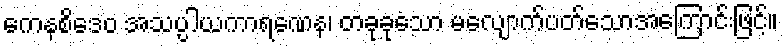
ကေနစိဒေဝ အသပ္ပါယကာရဏေန၊ တခုခုသော မလျောက်ပတ်သောအကြောင်းဖြင့်။